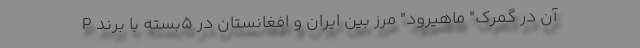
آن در گمرک" ماهیرود" مرز بین ایران و افغانستان در 5بسته با برند P